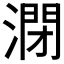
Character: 𰝁